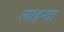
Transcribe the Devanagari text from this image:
लाहन्दा